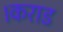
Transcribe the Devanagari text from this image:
।कराड